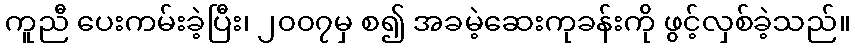
ကူညီ ပေးကမ်းခဲ့ပြီး၊ ၂၀၀၇မှ စ၍ အခမဲ့ဆေးကုခန်းကို ဖွင့်လှစ်ခဲ့သည်။